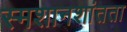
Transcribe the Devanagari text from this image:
स्मशानशांतता